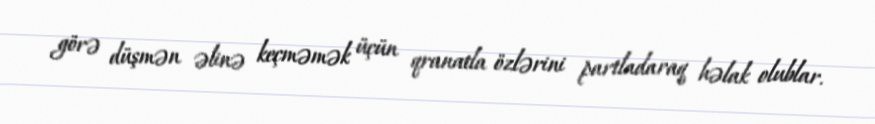
görə düşmən əlinə keçməmək üçün qranatla özlərini partladaraq həlak olublar.